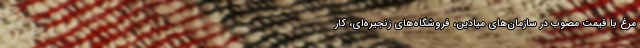
مرغ با قیمت مصوب در سازمان‌های میادین، فروشگاه‌های زنجیره‌ای، کار